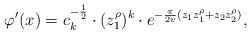
LaTeX: \begin{align*} \varphi'(x) = c_k^{-\frac{1}{2}} \cdot (z_1^\rho)^k \cdot e^{- \frac{\pi}{2v}(z_1 z_1^\rho + z_2 z_2^\rho)},\end{align*}